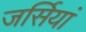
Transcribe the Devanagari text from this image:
जर्सियां